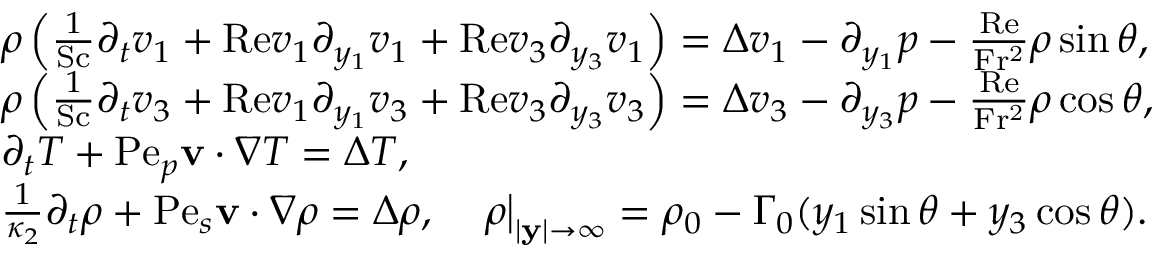
\begin{array} { r l } & { \rho \left( \frac { 1 } { \mathrm { S c } } \partial _ { t } v _ { 1 } + \mathrm { R e } v _ { 1 } \partial _ { y _ { 1 } } v _ { 1 } + \mathrm { R e } v _ { 3 } \partial _ { y _ { 3 } } v _ { 1 } \right) = \Delta v _ { 1 } - \partial _ { y _ { 1 } } p - \frac { \mathrm { R e } } { \mathrm { F r ^ { 2 } } } \rho \sin \theta , } \\ & { \rho \left( \frac { 1 } { \mathrm { S c } } \partial _ { t } v _ { 3 } + \mathrm { R e } v _ { 1 } \partial _ { y _ { 1 } } v _ { 3 } + \mathrm { R e } v _ { 3 } \partial _ { y _ { 3 } } v _ { 3 } \right) = \Delta v _ { 3 } - \partial _ { y _ { 3 } } p - \frac { \mathrm { R e } } { \mathrm { F r ^ { 2 } } } \rho \cos \theta , } \\ & { \partial _ { t } T + \mathrm { P e } _ { p } \mathbf { v } \cdot \nabla T = \Delta T , } \\ & { \frac { 1 } { \kappa _ { 2 } } \partial _ { t } \rho + \mathrm { P e } _ { s } \mathbf { v } \cdot \nabla \rho = \Delta \rho , \quad \left. \rho \right| _ { | \mathbf { y } | \rightarrow \infty } = \rho _ { 0 } - \Gamma _ { 0 } ( y _ { 1 } \sin \theta + y _ { 3 } \cos \theta ) . } \end{array}